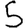
Digit: 5